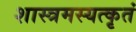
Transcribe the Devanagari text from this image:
शास्त्रमस्यत्कृतं